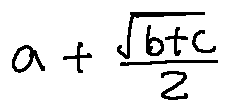
a + \frac { \sqrt { b + c } } { 2 }